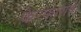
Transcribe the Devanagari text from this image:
फेरफाराचे